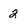
Character: 2